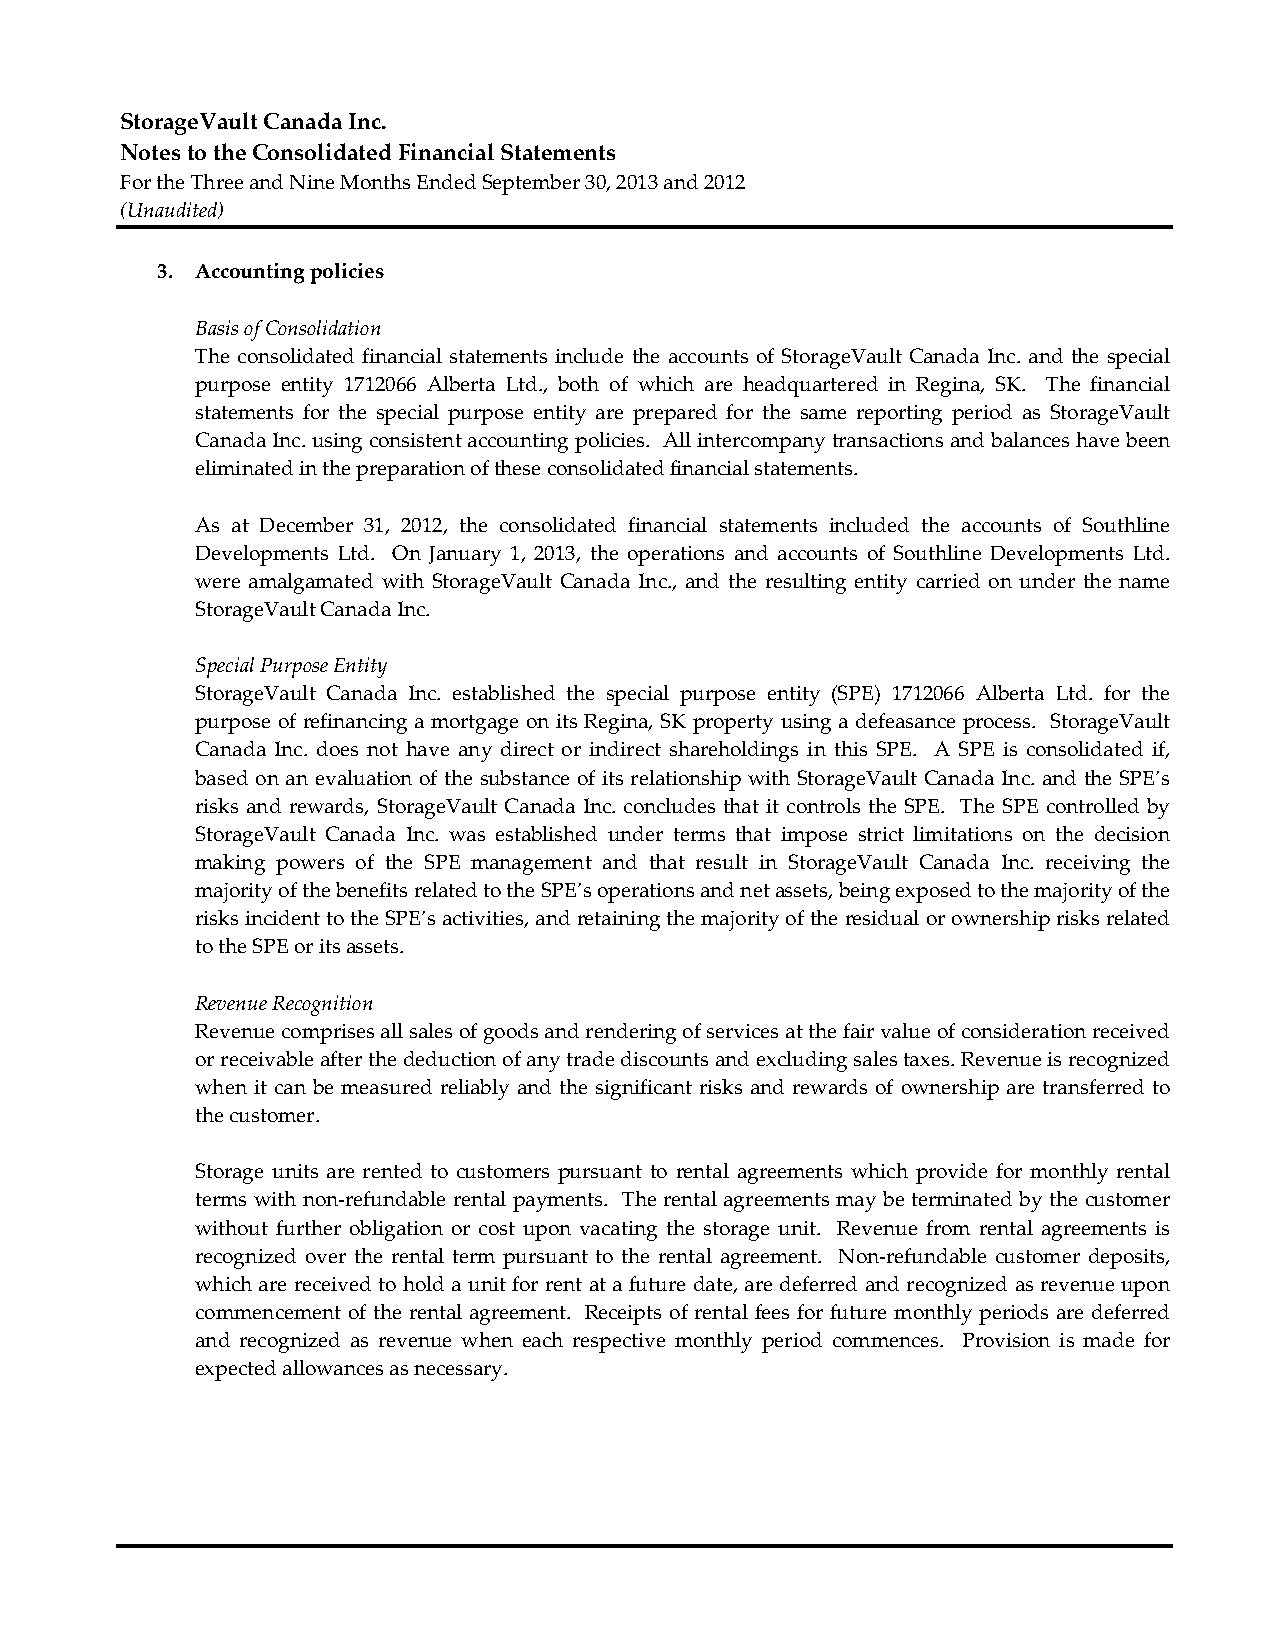
StorageVault Canada Inc.
 Notes to the Consolidated Financial Statements
 For the Three and Nine Months Ended September 30, 2013 and 2012
 (Unaudited)
 3. Accounting policies
 Basis of Consolidation
 The consolidated financial statements include the accounts of StorageVault Canada Inc. and the special
 purpose entity 1712066 Alberta Ltd., both of which are headquartered in Regina, SK. The financial
 statements for the special purpose entity are prepared for the same reporting period as StorageVault
 Canada Inc. using consistent accounting policies. All intercompany transactions and balances have been
 eliminated in the preparation of these consolidated financial statements.
 As at December 31, 2012, the consolidated financial statements included the accounts of Southline
 Developments Ltd. On January 1, 2013, the operations and accounts of Southline Developments Ltd.
 were amalgamated with StorageVault Canada Inc., and the resulting entity carried on under the name
 StorageVault Canada Inc.
 Special Purpose Entity
 StorageVault Canada Inc. established the special purpose entity (SPE) 1712066 Alberta Ltd. for the
 purpose of refinancing a mortgage on its Regina, SK property using a defeasance process. StorageVault
 Canada Inc. does not have any direct or indirect shareholdings in this SPE. A SPE is consolidated if,
 based on an evaluation of the substance of its relationship with StorageVault Canada Inc. and the SPE’s
 risks and rewards, StorageVault Canada Inc. concludes that it controls the SPE. The SPE controlled by
 StorageVault Canada Inc. was established under terms that impose strict limitations on the decision
 making powers of the SPE management and that result in StorageVault Canada Inc. receiving the
 majority of the benefits related to the SPE’s operations and net assets, being exposed to the majority of the
 risks incident to the SPE’s activities, and retaining the majority of the residual or ownership risks related
 to the SPE or its assets.
 Revenue Recognition
 Revenue comprises all sales of goods and rendering of services at the fair value of consideration received
 or receivable after the deduction of any trade discounts and excluding sales taxes. Revenue is recognized
 when it can be measured reliably and the significant risks and rewards of ownership are transferred to
 the customer.
 Storage units are rented to customers pursuant to rental agreements which provide for monthly rental
 terms with non‐refundable rental payments. The rental agreements may be terminated by the customer
 without further obligation or cost upon vacating the storage unit. Revenue from rental agreements is
 recognized over the rental term pursuant to the rental agreement. Non‐refundable customer deposits,
 which are received to hold a unit for rent at a future date, are deferred and recognized as revenue upon
 commencement of the rental agreement. Receipts of rental fees for future monthly periods are deferred
 and recognized as revenue when each respective monthly period commences. Provision is made for
 expected allowances as necessary.